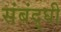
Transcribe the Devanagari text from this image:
संबंद्घी